Civil Veterinary Dept. Bombay admin report 1907-1913 - 1907-1913
Year: 1907
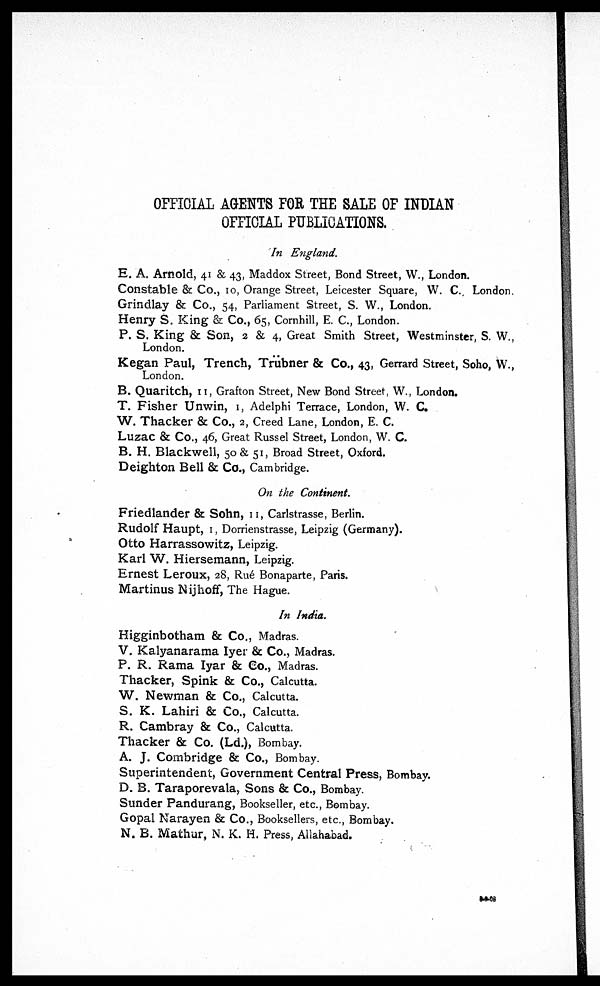
OFFICIAL AGENTS FOR THE SALE OF INDIAN
OFFICIAL PUBLICATIONS.
In England.
E. A. Arnold, 41 & 43, Maddox Street, Bond Street, W., London.
Constable & Co., 10, Orange Street, Leicester Square, W. C, London.
Grindlay & Co., 54, Parliament Street, S. W., London.
Henry S.King & Co., 65, Cornhill, E. C. London.
P. S. King & Son, 2 & 4, Great Smith Street, Westminster, S. W.,
London.
Kegan Paul, Trench, Trübner & Co., 43, Gerrard Street, Soho, W.,
London.
B. Quaritch, 11, Grafton Street, New Bond Street, W., London.
T. Fisher Unwin, 1, Adelphi Terrace, London, W. C.
W. Thacker & Co., 2, Creed Lane, London, E. C.
Luzac & Co., 46, Great Russel Street, London, W. C.
B. H. Blackwell, 50 & 51, Broad Street, Oxford.
Deighton Bell & Co., Cambridge.
On the Continent.
Friedlander & Sohn, 11, Carlstrasse, Berlin.
Rudolf Haupt, 1, Dorrienstrasse, Leipzig (Germany).
Otto Harrassowitz, Leipzig.
Karl W. Hiersemann, Leipzig.
Ernest Leroux, 28, Rué Bonaparte, Paris.
Martinus Nijhoff, The Hague.
In India.
Higginbotham & Co., Madras.
V. Kalyanarama Iyer & Co., Madras.
P. R. Rama lyar & Co., Madras.
Thacker, Spink & Co., Calcutta.
W. Newman & Co., Calcutta.
S. K. Lahiri & Co., Calcutta.
R. Cambray & Co., Calcutta.
Thacker & Co. (Ld.), Bombay.
A. J. Combridge & Co., Bombay.
Superintendent, Government Central Press, Bombay.
D. B. Taraporevala, Sons & Co., Bombay.
Sunder Pandurang, Bookseller, etc., Bombay.
Gopal Narayen & Co., Booksellers, etc., Bombay.
N. B. Mathur, N. K. H. Press, Allahabad.
8-9-08